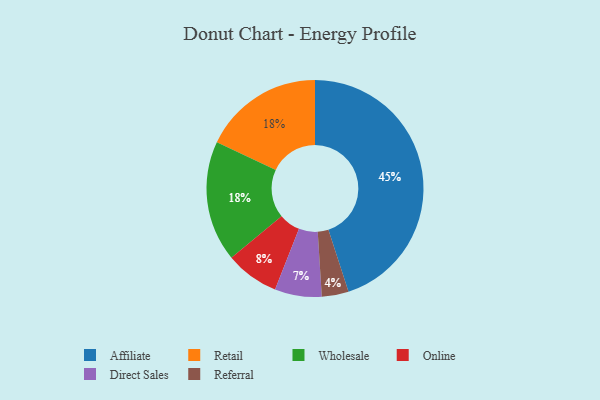
{"axis": {"x": "Category", "y": "Percentage"}, "legend": ["Affiliate", "Direct Sales", "Online", "Referral", "Retail", "Wholesale"], "data": [{"x": "Affiliate", "y": 45, "type": "Affiliate"}, {"x": "Online", "y": 8, "type": "Online"}, {"x": "Direct Sales", "y": 7, "type": "Direct Sales"}, {"x": "Retail", "y": 18, "type": "Retail"}, {"x": "Referral", "y": 4, "type": "Referral"}, {"x": "Wholesale", "y": 18, "type": "Wholesale"}]}